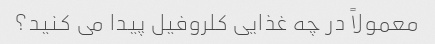
معمولاً در چه غذایی کلروفیل پیدا می کنید؟